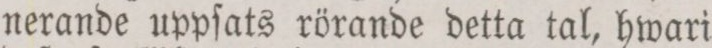
nerande uppſats rörande detta tal, hwari